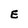
Character: E